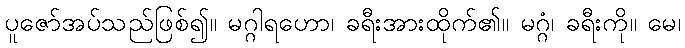
ပူဇော်အပ်သည်ဖြစ်၍။ မဂ္ဂါရဟော၊ ခရီးအားထိုက်၏။ မဂ္ဂံ၊ ခရီးကို။ မေ၊